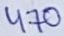
Text: 470